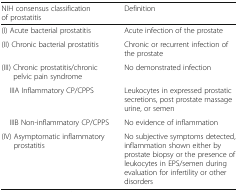
<table><thead><tr><td><b>NIH consensus classification of prostatitis</b></td><td><b>Definition</b></td></tr></thead><tbody><tr><td>(I) Acute bacterial prostatitis</td><td>Acute infection of the prostate</td></tr><tr><td>(II) Chronic bacterial prostatitis</td><td>Chronic or recurrent infection of the prostate</td></tr><tr><td>(III) Chronic prostatitis/chronic pelvic pain syndrome</td><td>No demonstrated infection</td></tr><tr><td> IIIA Inflammatory CP/CPPS</td><td>Leukocytes in expressed prostatic secretions, post prostate massage urine, or semen</td></tr><tr><td> IIIB Non-inflammatory CP/CPPS</td><td>No evidence of inflammation</td></tr><tr><td>(IV) Asymptomatic inflammatory prostatitis</td><td>No subjective symptoms detected, inflammation shown either by prostate biopsy or the presence of leukocytes in EPS/semen during evaluation for infertility or other disorders</td></tr></tbody></table>